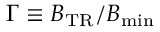
\Gamma \equiv B _ { \mathrm { T R } } / B _ { \mathrm { m i n } }